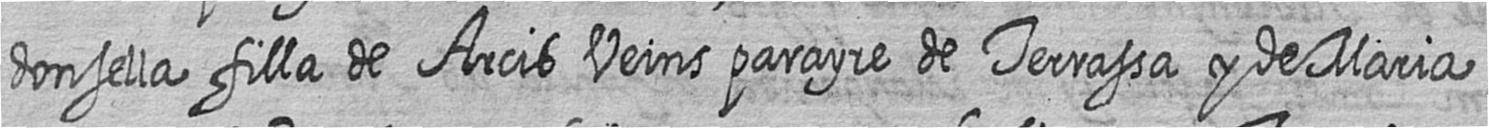
donsella filla de Arcis Veins parayre de Terrassa y de Maria